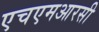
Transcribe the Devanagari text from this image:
एचएमआरसी